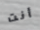
أنت